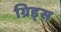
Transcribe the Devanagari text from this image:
ग्रिड्स